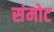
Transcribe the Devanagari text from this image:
संमोट